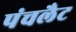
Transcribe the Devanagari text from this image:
पंचलैट